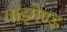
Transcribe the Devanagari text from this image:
वाइगेण्ड